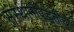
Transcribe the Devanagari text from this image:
संस्थानीपद्धतीची